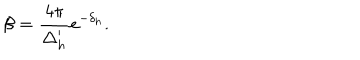
\beta = \frac { 4 \pi } { \Delta _ { h } ^ { \prime } } e ^ { - \delta _ { h } } .